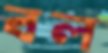
বল